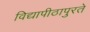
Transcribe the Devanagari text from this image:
विद्यापीठापुरते